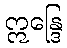
ဣန္ဒြေ